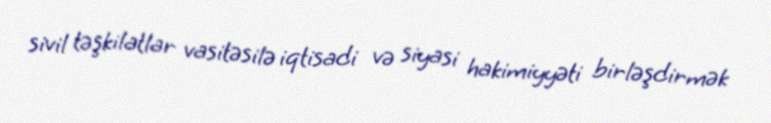
sivil təşkilatlar vasitəsilə iqtisadi və siyasi hakimiyyəti birləşdirmək